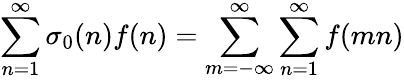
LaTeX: \sum_{n=1}^{\infty}\sigma_{0}(n)f(n)=\sum_{m=-\infty}^{\infty}\sum_{n=1}^{\infty}f(mn)